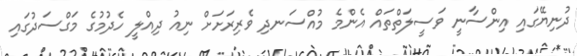
ދުނިޔޭގައި އިންސާނީ ވަސީލަތްތައް އެންމެ މުއްސަނދި ވެރިރަށަށް ނިއު ދިއްލީ ހެދުމުގެ މަގްސަދުގައި